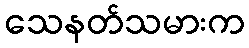
သေနတ်သမားက